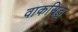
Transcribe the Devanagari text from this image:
वाकसिद्ध